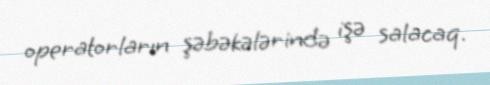
operatorların şəbəkələrində işə salacaq.